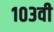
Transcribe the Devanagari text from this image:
१०३वी